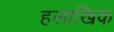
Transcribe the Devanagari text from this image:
हलाखिक